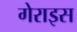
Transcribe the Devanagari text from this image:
गेराइस